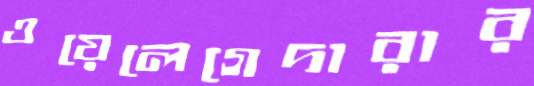
ওয়েলেগেদারার